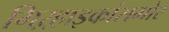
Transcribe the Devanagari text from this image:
गिऱ्हाइकांसमोर